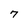
Character: 7